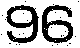
96